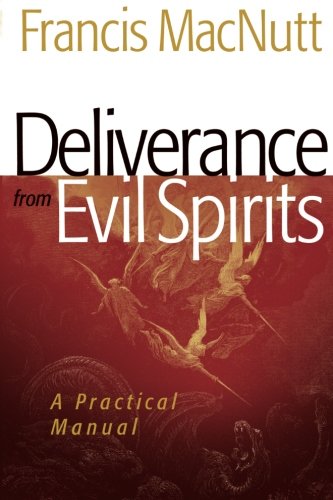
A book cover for Deliverance from Evil Spirits: A Practical Manual; Francis MacNutt; Christian Books & Bibles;